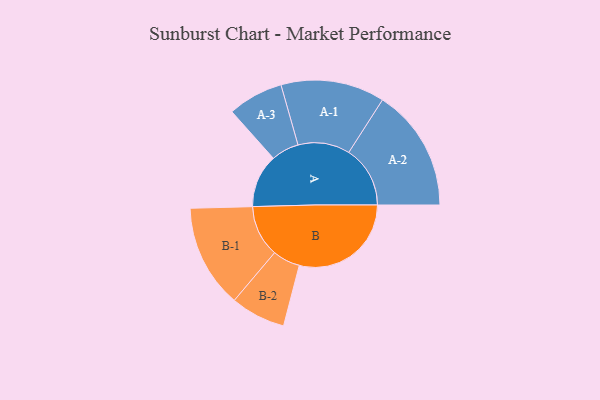
{"axis": {"x": "Segment", "y": "Value"}, "legend": ["", "A", "B"], "data": [{"x": "A", "y": 198, "type": ""}, {"x": "B", "y": 416, "type": ""}, {"x": "A-1", "y": 193, "type": "A"}, {"x": "A-2", "y": 228, "type": "A"}, {"x": "A-3", "y": 103, "type": "A"}, {"x": "B-1", "y": 192, "type": "B"}, {"x": "B-2", "y": 102, "type": "B"}]}